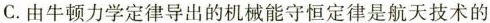
C.由牛顿力学定律导出的机械能守恒定律是航天技术的